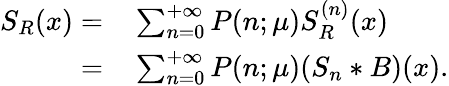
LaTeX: \begin{array}{rl}{S_{R}(x)=}&{{}\sum_{n=0}^{+\infty}P(n;\mu)S_{R}^{(n)}(x)}\\ {=}&{{}\sum_{n=0}^{+\infty}P(n;\mu)(S_{n}*B)(x).}\end{array}